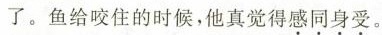
了。鱼给咬住的时候，他真觉得感同身受。